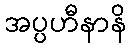
အပ္ပဟီနာနိ